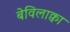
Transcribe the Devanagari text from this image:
बेविलाक्वा